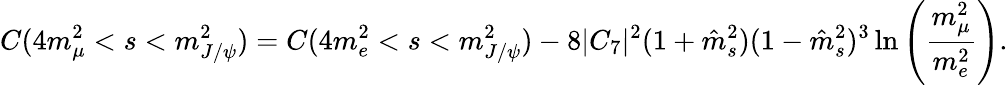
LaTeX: C(4m_{\mu}^{2}<s<m_{J/\psi}^{2})=C(4m_{e}^{2}<s<m_{J/\psi}^{2})-8|C_{7}|^{2}(1+\hat{m}_{s}^{2})(1-\hat{m}_{s}^{2})^{3}\ln\left(\frac{m_{\mu}^{2}}{m_{e}^{2}}\right).